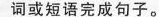
词或短语完成句子.